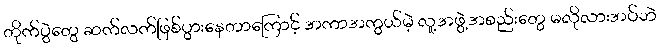
တိုက်ပွဲတွေ ဆက်လက်ဖြစ်ပွားနေတာကြောင့် အကာအကွယ်မဲ့ လူ့အဖွဲ့အစည်းတွေ မလိုလားအပ်ဘဲ